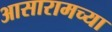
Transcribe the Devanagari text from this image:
आसारामच्या